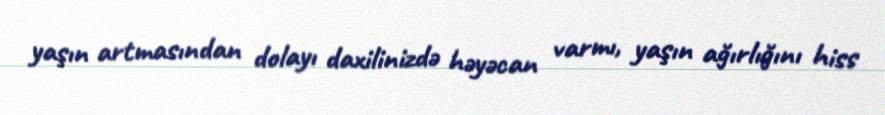
yaşın artmasından dolayı daxilinizdə həyəcan varmı, yaşın ağırlığını hiss